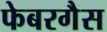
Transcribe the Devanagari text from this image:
फेबरगैस